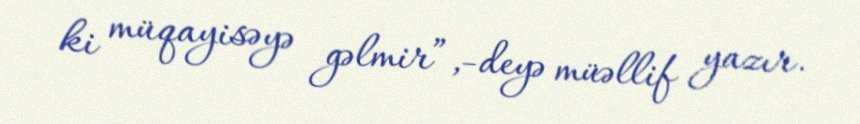
ki müqayisəyə gəlmir”,-deyə müəllif yazır.